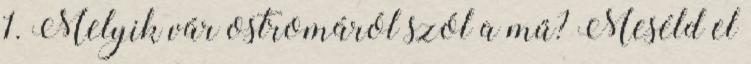
1. Melyik vár ostromáról szól a mű? Meséld el